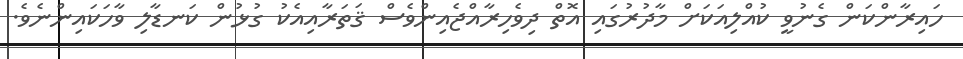
ހައިރާންކަން ގެނުވީ ކުއްލިއަކަށް މާދުރުގައި އޮތް ދިވެހިރާއްޖެއިންވެސް ޤަތަރާއިއެކު ގުޅުން ކަނޑާލި ވާހަކައިންނެވެ.